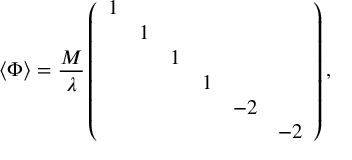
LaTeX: \langle \Phi \rangle = \frac { M } { \lambda } \left( \begin{array} { c c c c c c } { { 1 } } & { { } } & { { } } & { { } } & { { } } & { { } } \\ { { } } & { { 1 } } & { { } } & { { } } & { { } } & { { } } \\ { { } } & { { } } & { { 1 } } & { { } } & { { } } & { { } } \\ { { } } & { { } } & { { } } & { { 1 } } & { { } } & { { } } \\ { { } } & { { } } & { { } } & { { } } & { { - 2 } } & { { } } \\ { { } } & { { } } & { { } } & { { } } & { { } } & { { - 2 } } \end{array} \right) ,